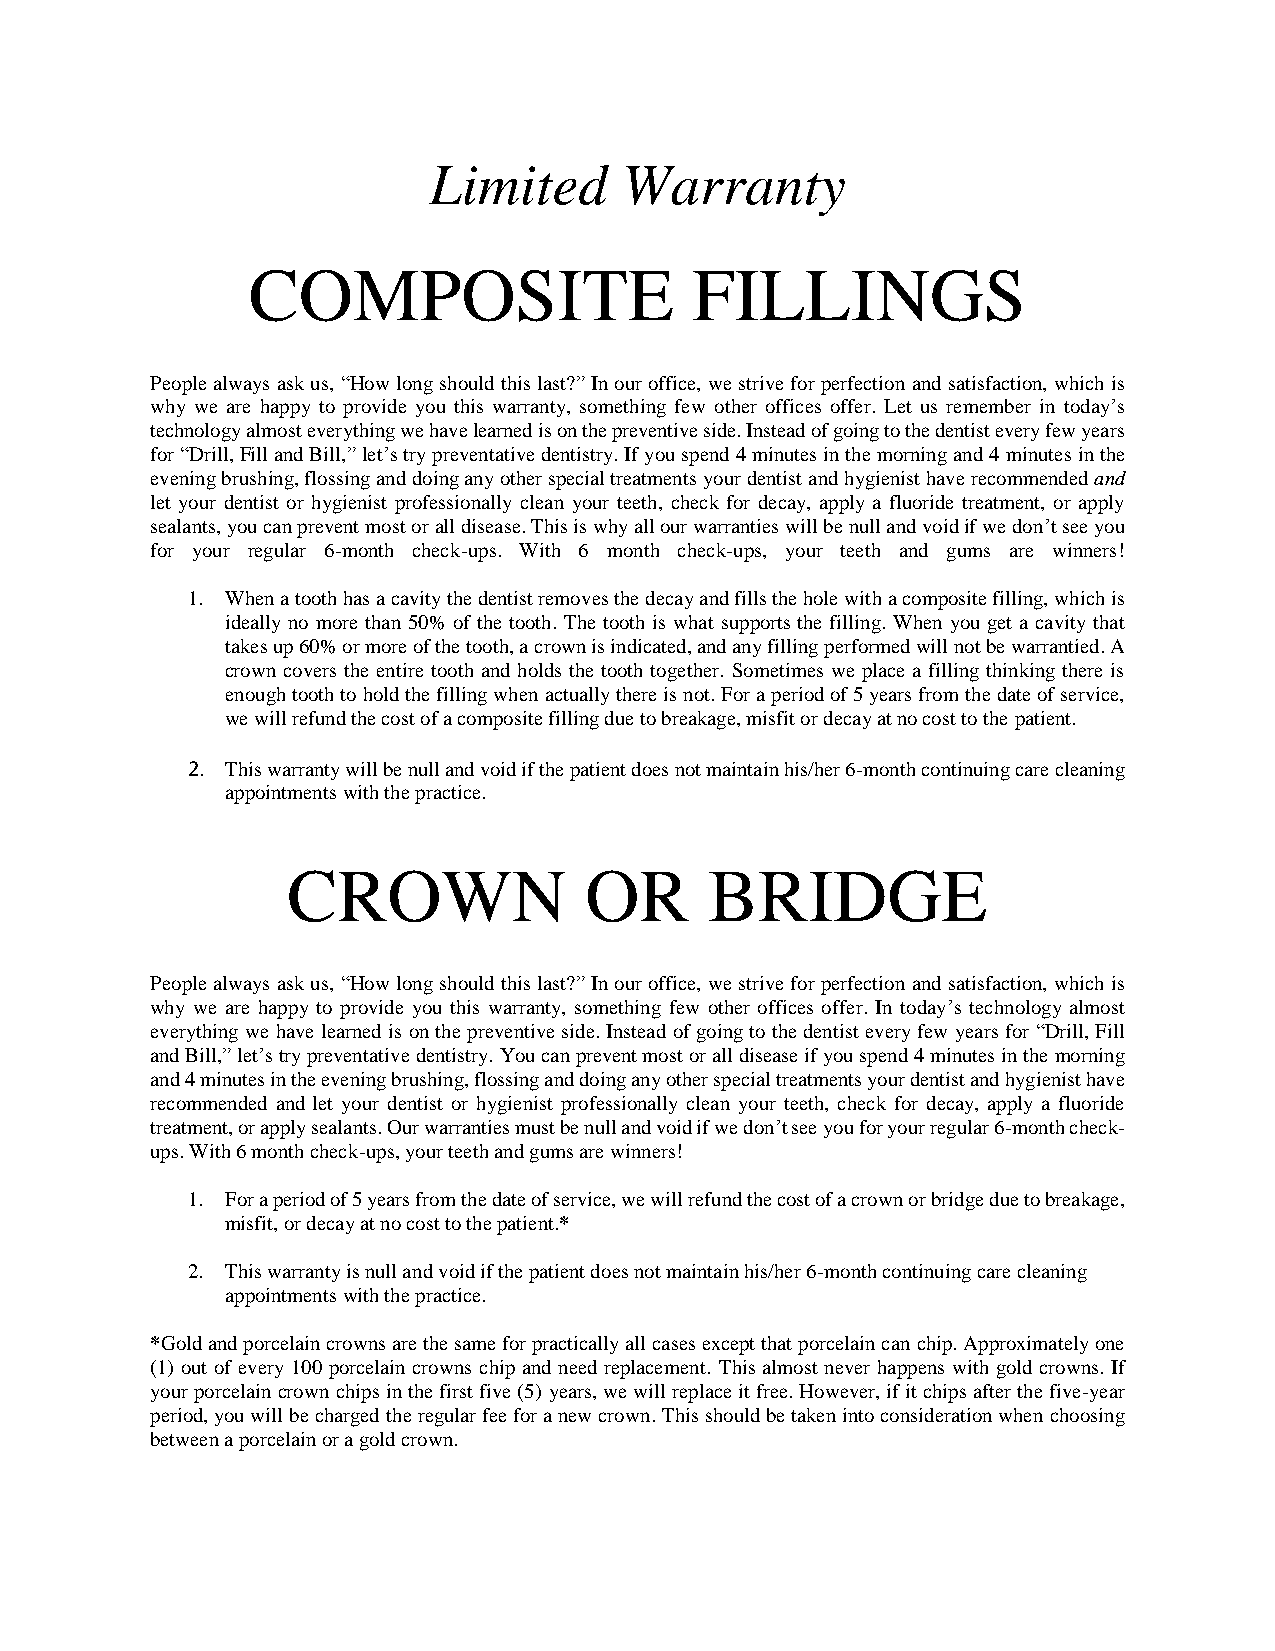
Limited      Warranty
 COMPOSITE                     FILLINGS
 People always ask us, “How long should this last?” In our office, we strive for perfection and satisfaction, which is
 why we are happy to provide you this warranty, something few other offices offer. Let us remember in today’s
 technology almost everything we have learned is on the preventive side. Instead of going to the dentist every few years
 for “Drill, Fill and Bill,” let’s try preventative dentistry. If you spend 4 minutes in the morning and 4 minutes in the
 evening brushing, flossing and doing any other special treatments your dentist and hygienist have recommended and
 let your dentist or hygienist professionally clean your teeth, check for decay, apply a fluoride treatment, or apply
 sealants, you can prevent most or all disease. This is why all our warranties will be null and void if we don’t see you
 for your regular 6-month check-ups. With 6 month check-ups, your teeth and gums are winners!
 1. When a tooth has a cavity the dentist removes the decay and fills the hole with a composite filling, which is
 ideally no more than 50% of the tooth. The tooth is what supports the filling. When you get a cavity that
 takes up 60% or more of the tooth, a crown is indicated, and any filling performed will not be warrantied. A
 crown covers the entire tooth and holds the tooth together. Sometimes we place a filling thinking there is
 enough tooth to hold the filling when actually there is not. For a period of 5 years from the date of service,
 we will refund the cost of a composite filling due to breakage, misfit or decay at no cost to the patient.
 2. This warranty will be null and void if the patient does not maintain his/her 6-month continuing care cleaning
 appointments with the practice.
 CROWN               OR      BRIDGE
 People always ask us, “How long should this last?” In our office, we strive for perfection and satisfaction, which is
 why we are happy to provide you this warranty, something few other offices offer. In today’s technology almost
 everything we have learned is on the preventive side. Instead of going to the dentist every few years for “Drill, Fill
 and Bill,” let’s try preventative dentistry. You can prevent most or all disease if you spend 4 minutes in the morning
 and 4 minutes in the evening brushing, flossing and doing any other special treatments your dentist and hygienist have
 recommended and let your dentist or hygienist professionally clean your teeth, check for decay, apply a fluoride
 treatment, or apply sealants. Our warranties must be null and void if we don’t see you for your regular 6-month check-
 ups. With 6 month check-ups, your teeth and gums are winners!
 1. For a period of 5 years from the date of service, we will refund the cost of a crown or bridge due to breakage,
 misfit, or decay at no cost to the patient.*
 2. This warranty is null and void if the patient does not maintain his/her 6-month continuing care cleaning
 appointments with the practice.
 *Gold and porcelain crowns are the same for practically all cases except that porcelain can chip. Approximately one
 (1) out of every 100 porcelain crowns chip and need replacement. This almost never happens with gold crowns. If
 your porcelain crown chips in the first five (5) years, we will replace it free. However, if it chips after the five-year
 period, you will be charged the regular fee for a new crown. This should be taken into consideration when choosing
 between a porcelain or a gold crown.